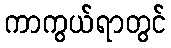
ကာကွယ်ရာတွင်